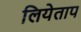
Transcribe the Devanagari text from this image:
लियेताप